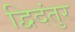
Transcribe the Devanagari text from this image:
द्विदंतुर